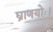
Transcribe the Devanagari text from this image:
घ्राणयोः।